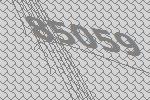
85059